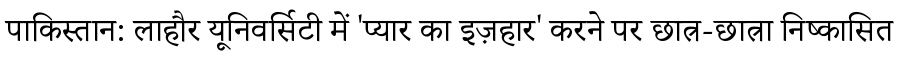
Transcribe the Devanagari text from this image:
पाकिस्तान: लाहौर यूनिवर्सिटी में 'प्यार का इज़हार' करने पर छात्र-छात्रा निष्कासित